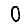
Digit: 0